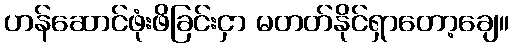
ဟန်ဆောင်ဖုံးဖိခြင်းငှာ မတတ်နိုင်ရှာတော့ချေ။